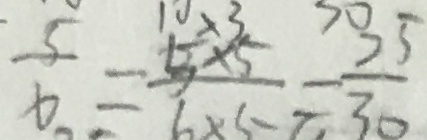
\frac { 5 } { 6 } = \frac { 5 \times 5 } { 6 \times 5 } = \frac { 3 5 } { 3 0 }